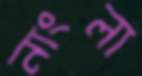
নাংলা